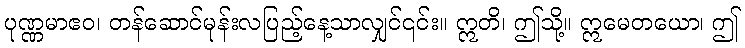
ပုဏ္ဏမာဧဝ၊ တန်ဆောင်မုန်းလပြည့်နေ့သာလျှင်၎င်း။ ဣတိ၊ ဤသို့။ ဣမေတယော၊ ဤ